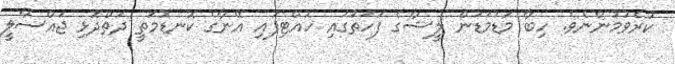
ކުރެވުމުންނެވެ. ހިބާ މަޑުމަޑުން ލީޝާގެ ފަހަތުގައި ހުއްޓިފައި އޭނާގެ ކޮނޑުމަތީ ދަތްދޮޅި ޖައްސާލީ